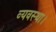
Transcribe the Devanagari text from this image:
व्‍यवस्‍था।